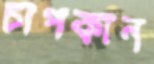
চাপকান